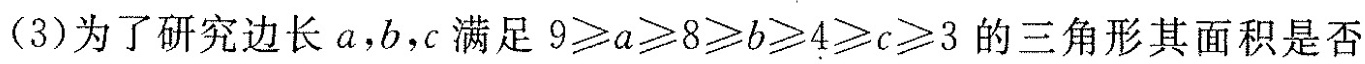
(3)为了研究边长a，b，c满足$$9 ≥ a ≥ 8 ≥ b ≥ 4 ≥ c ≥ 3$$的三角形其面积是否